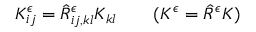
K _ { i j } ^ { \epsilon } = \hat { R } _ { i j , k l } ^ { \epsilon } K _ { k l } \quad \quad ( K ^ { \epsilon } = \hat { R } ^ { \epsilon } K )